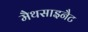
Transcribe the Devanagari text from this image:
मैथसाइनैट